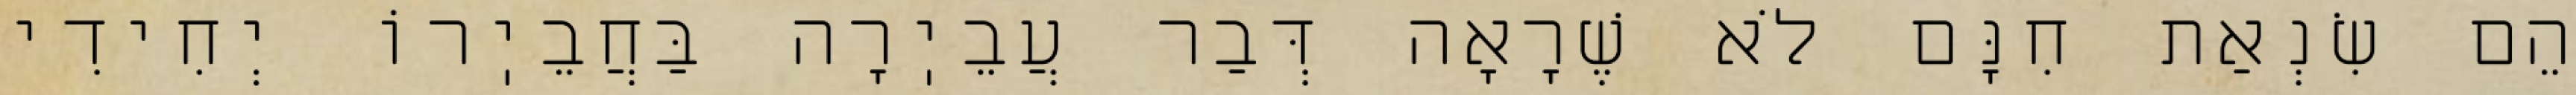
הֵם שִׂנְאַת חִנָּם לֹא שֶׁרָאָה דְּבַר עֲבֵיֽרָה בַּחֲבֵיֽרוֹ יְחִידִי